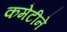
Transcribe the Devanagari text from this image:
कमेटीने